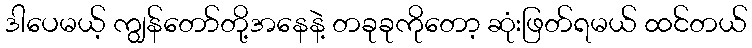
ဒါပေမယ့် ကျွန်တော်တို့အနေနဲ့ တခုခုကိုတော့ ဆုံးဖြတ်ရမယ် ထင်တယ်